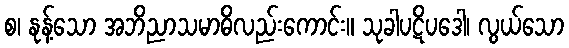
စ၊ နုန့်သော အဘိညာသမာဓိလည်းကောင်း။ သုခါပဋိပဒေါ၊ လွယ်သော